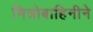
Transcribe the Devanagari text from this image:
मित्रोबाहिनीने